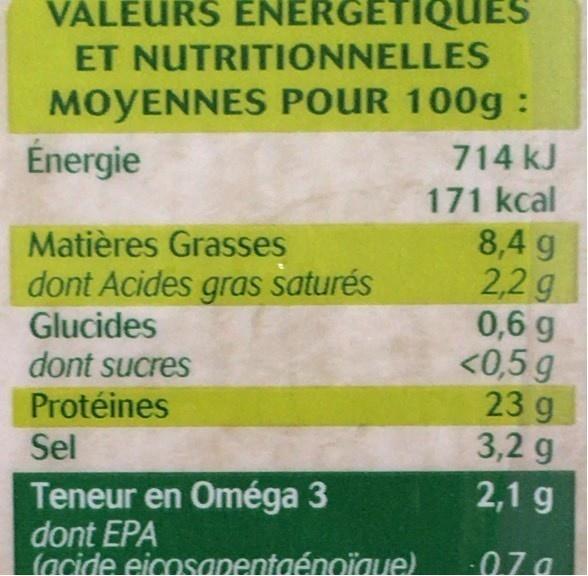
VALEURS ENERGETIQUES ET NUTRITIONNELLES MOYENNES POUR 100g : Énergie
714 kJ
171 kcal
Matières Grasses
dont Acides gras saturés
Glucides
dont sucres
Protéines
Sel
Teneur en Oméga 3
dont EPA
(acide eicosapentaénoïque)
8,4 g
2,2 g
0,6 g
<0,5 g
23 9
3,2 g
2,1 g
-0.70